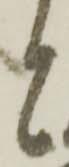
と